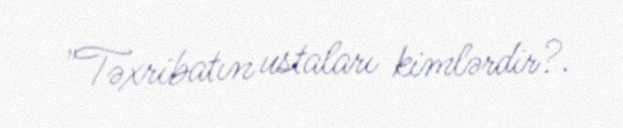
"Təxribatın ustaları kimlərdir?.